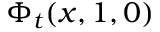
\Phi _ { t } ( x , 1 , 0 )